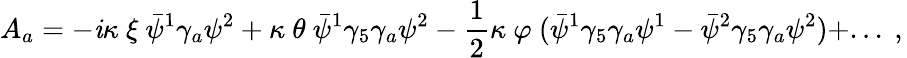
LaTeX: A_{a}=-\mathit{i}\kappa\ \xi\ \bar{{\psi}}^{1}\gamma_{a}\psi^{2}+\kappa\ \theta\ \bar{{\psi}}^{1}\gamma_{5}\gamma_{a}\psi^{2}-{\frac{{1}}{{2}}}\kappa\ \varphi\ (\bar{{\psi}}^{1}\gamma_{5}\gamma_{a}\psi^{1}-\bar{{\psi}}^{2}\gamma_{5}\gamma_{a}\psi^{2})+...\ ,\,